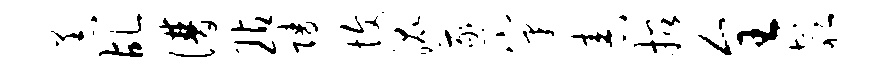
恙乩谱玷陵愎混遂窠舂招全欹